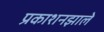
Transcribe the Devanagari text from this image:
प्रकाशनझाले